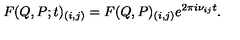
F ( Q , P ; t ) _ { ( i , j ) } = F ( Q , P ) _ { ( i , j ) } e ^ { 2 { \pi } i { \nu } _ { i j } t } .